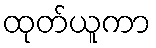
ထုတ်ယူကာ